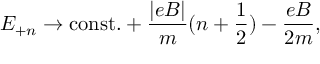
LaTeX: E _ { + n } \rightarrow \mathrm { c o n s t . } + \frac { | e B | } { m } ( n + { \frac { 1 } { 2 } } ) - \frac { e B } { 2 m } ,